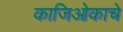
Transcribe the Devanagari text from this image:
काजिओकाचे